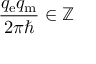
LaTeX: { \frac { q _ { \mathrm { e } } q _ { \mathrm { m } } } { 2 \pi \hbar } } \in \mathbb { Z }